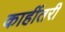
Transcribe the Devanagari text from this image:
काहींतरी